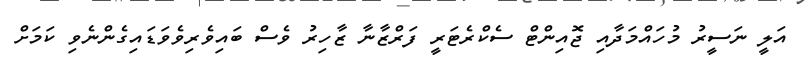
އަލީ ނަސީރު މުހައްމަދާއި ޖޮއިންޓް ސެކްރެޓަރީ ފަރްޒާނާ ޒާހިރު ވެސް ބައިވެރިވެވަޑައިގެންނެވި ކަމަށް